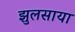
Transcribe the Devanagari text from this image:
झुलसाया